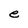
Character: e